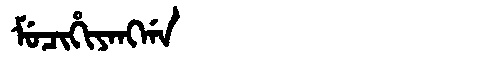
Manchu: ᠮᡠᠴᡳᡥᡳᠶᠠᠩᡤᠠ
Romanization: MUCIHIYANGGA